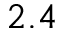
2 . 4